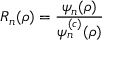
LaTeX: R _ { n } ( \rho ) = \frac { \psi _ { n } ( \rho ) } { \psi _ { n } ^ { ( c ) } ( \rho ) }